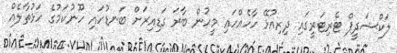
ލަކްޝަދީޕް ޓެރިޓަރީގައި ދިރިއުޅޭ ހާހެއްހައި މީހުން ބާރަ ގަޑިއިރަށް ބަނޑުހައި ހޫނުކަމުގެ ހަޅުތާލެއް